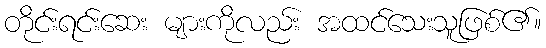
တိုင်းရင်းဆေး များကိုလည်း အထင်သေးသူဖြစ်၏။